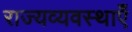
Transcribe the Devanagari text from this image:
राज्यव्यवस्थाएँ